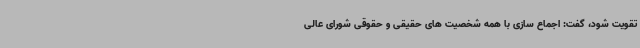
تقویت شود، گفت: اجماع سازی با همه شخصیت های حقیقی و حقوقی شورای عالی